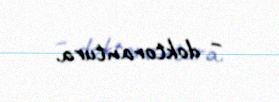
– doktorantura.